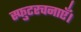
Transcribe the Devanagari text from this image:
स्फुटरचनाएँ।